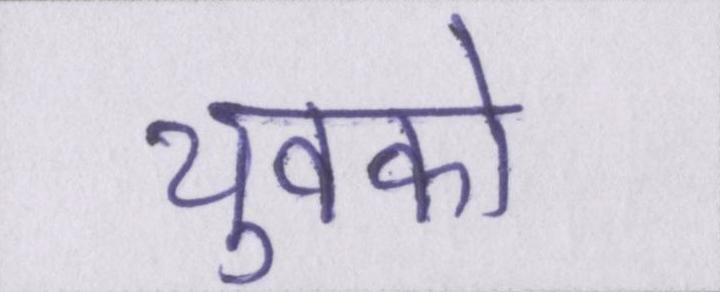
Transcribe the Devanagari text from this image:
युवको